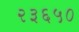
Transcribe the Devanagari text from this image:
२३६५०